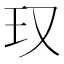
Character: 𪻍